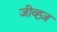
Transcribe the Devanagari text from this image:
जीव्ह्ज़